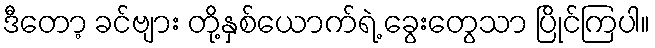
ဒီတော့ ခင်ဗျား တို့နှစ်ယောက်ရဲ့ ခွေးတွေသာ ပြိုင်ကြပါ။